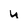
Character: u